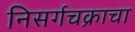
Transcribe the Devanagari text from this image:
निसर्गचक्राचा